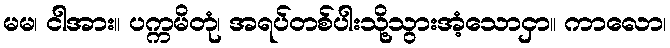
မမ၊ ငါအား။ ပက္ကမိတုံ၊ အရပ်တစ်ပါးသို့သွားအံ့သောငှာ။ ကာလော၊